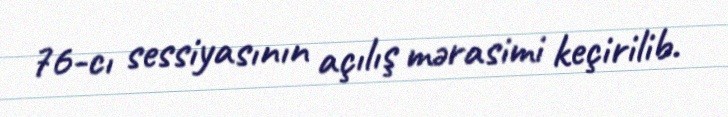
76-cı sessiyasının açılış mərasimi keçirilib.